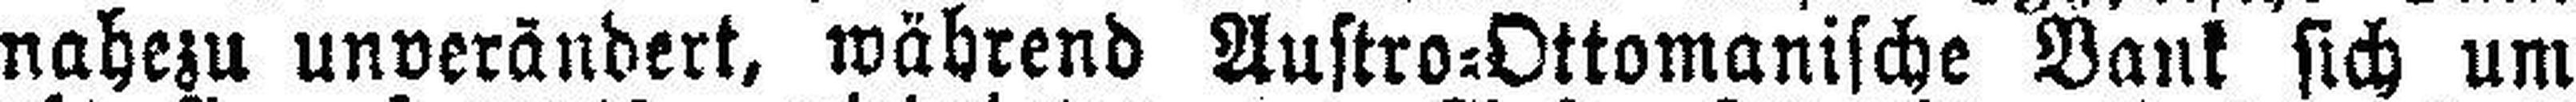
nahezu unverändert, während Austro=Ottomanische Bank sich um